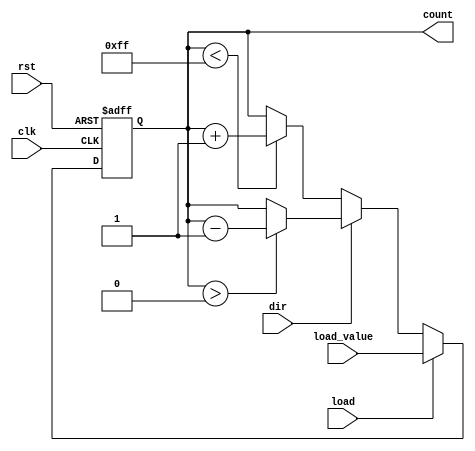
module sync_load_counter (
    input wire clk,          // Clock signal
    input wire rst,          // Asynchronous reset
    input wire load,         // Load control signal
    input wire [N-1:0] load_value, // Value to load into the counter
    input wire dir,          // Direction control signal: 0 for up, 1 for down
    output reg [N-1:0] count // Current counter value
);
    parameter N = 8; // Define the width of the counter (number of bits)

    // Asynchronous reset
    always @(posedge clk or posedge rst) begin
        if (rst) begin
            count <= 0; // Reset counter to 0
        end else if (load) begin
            count <= load_value; // Load specified value
        end else begin
            if (dir) begin
                // Count down
                if (count > 0) begin
                    count <= count - 1; // Decrement
                end
            end else begin
                // Count up
                if (count < (2**N - 1)) begin
                    count <= count + 1; // Increment
                end
            end
        end
    end
endmodule